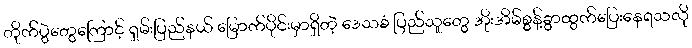
တိုက်ပွဲတွေကြောင့် ရှမ်းပြည်နယ် မြောက်ပိုင်းမှာရှိတဲ့ ဒေသခံ ပြည်သူတွေ အိုးအိမ်စွန့်ခွာထွက်ပြေးနေရသလို